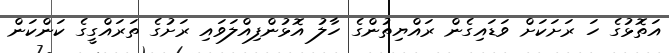
އަތޮޅުގެ ހަ ރަށަކަށް ވަޑައިގެން ރައްޔިތުންގެ ހާލު އޮޅުންފިއްލަވައި ރަށުގެ ތަރައްގީގެ ކަންކަން